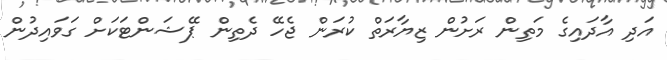
އަދި އާދައިގެ މަތިން ރަށުން ޒިޔާރަތް ކުރަން ޖެހޭ ދެތިން ޕޭޝަންޓަކަށް ގަވައިދުން